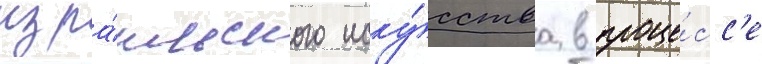
изра́ильского иску́сства в проце́сс'е